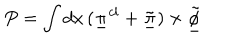
P = \int d x \, ( \underline { { { \pi } } } ^ { c l } + \underline { { { \tilde { \pi } } } } ) \times \underline { { { \tilde { \phi } } } }